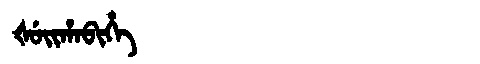
Manchu: ᡧᡠᡳᡥᠠᠪᡳᡥᡝ
Romanization: ŠUIHABIHE